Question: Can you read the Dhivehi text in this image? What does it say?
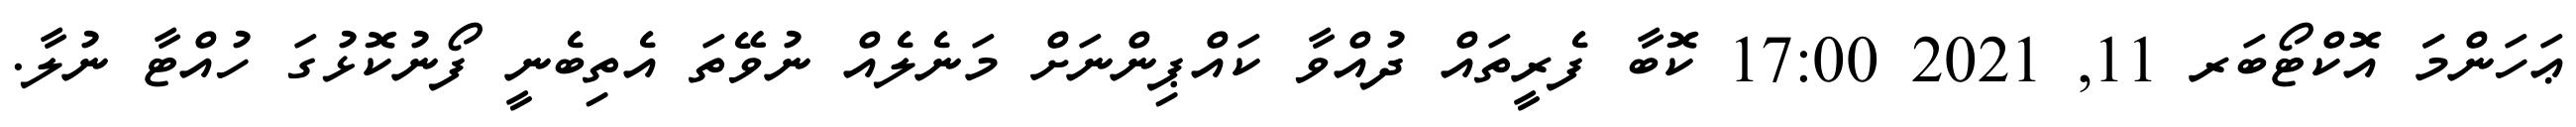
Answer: ޢަހަންމަަ އޮކްޓޯބަރ 11, 2021 17:00 ކޮބާ ފެރީތައް ދުއްވާ ކައްޕިންނަށް މަނެލެއް ނުވޭތަ އެތިބެނީ ފޯނުކޮޅުގަ ހުއްޓާ ނުލާ.